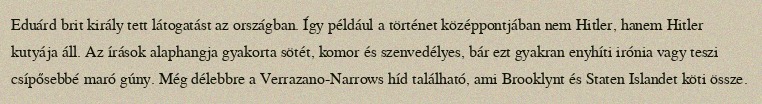
Eduárd brit király tett látogatást az országban. Így például a történet középpontjában nem Hitler, hanem Hitler kutyája áll. Az írások alaphangja gyakorta sötét, komor és szenvedélyes, bár ezt gyakran enyhíti irónia vagy teszi csípősebbé maró gúny. Még délebbre a Verrazano-Narrows híd található, ami Brooklynt és Staten Islandet köti össze.